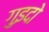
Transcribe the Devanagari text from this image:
गुइदो